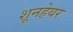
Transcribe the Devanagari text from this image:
शूनहेयर